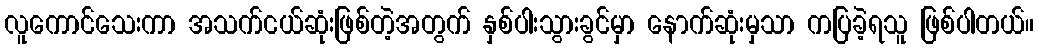
လူကောင်သေးကာ အသက်ငယ်ဆုံးဖြစ်တဲ့အတွက် နှစ်ပါးသွားခွင်မှာ နောက်ဆုံးမှသာ ကပြခဲ့ရသူ ဖြစ်ပါတယ်။